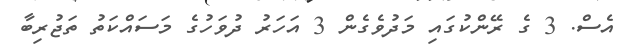
އެސް. 3 ގެ ރޭންކުގައި މަދުވެގެން 3 އަހަރު ދުވަހުގެ މަސައްކަތު ތަޖުރިބާ